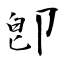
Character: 卽